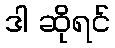
ဒါ ဆိုရင်